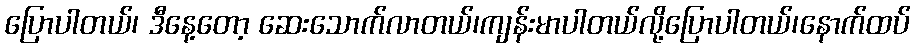
ပြောပါတယ်၊ ဒီနေ့တော့ ဆေးသောက်လာတယ်၊ကျန်းမာပါတယ်လို့ပြောပါတယ်၊နောက်ထပ်